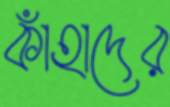
কাঁহাদের